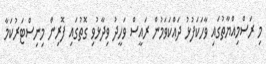
މި ރަސްމިއްޔާތުގައި ވާހަކަފުޅު ދައްކަވަމުން ރައީސް ވަހީދު ވިދާޅުވި ގޮތުގައި ފޮރިން މިނިސްޓަރުކަމާ